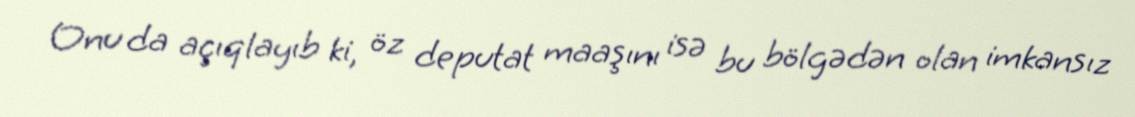
Onu da açıqlayıb ki, öz deputat maaşını isə bu bölgədən olan imkansız